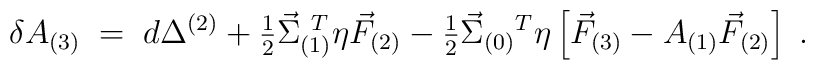
\delta A_{(3)} \;=\; d\Delta^{(2)}+{\textstyle\frac{1}{2}}\vec{\Sigma}_{(1)}^{\ T}\eta\vec{F}_{(2)}-{\textstyle\frac{1}{2}}\vec{\Sigma}_{(0)}{}^{T}\eta       \left[          \vec{F}_{(3)}-A_{(1)}\vec{F}_{(2)}       \right] \; .